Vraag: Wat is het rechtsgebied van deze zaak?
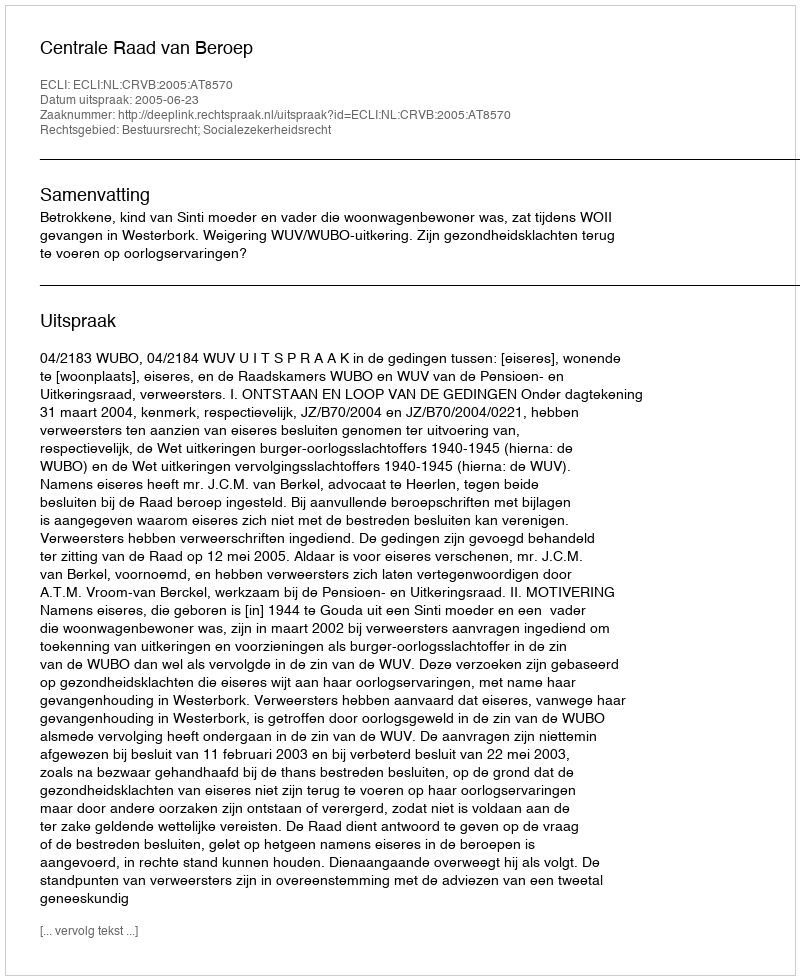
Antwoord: Bestuursrecht; Socialezekerheidsrecht